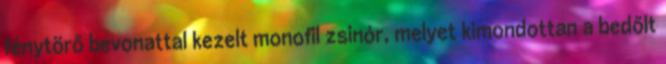
fénytörő bevonattal kezelt monofil zsinór, melyet kimondottan a bedőlt